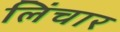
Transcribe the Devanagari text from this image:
लिंचार